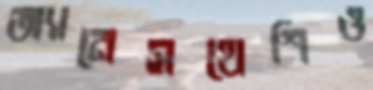
অ্যানেসথেশিও